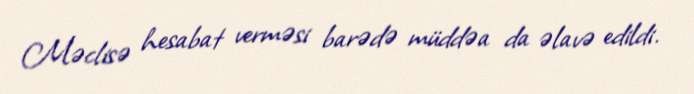
Məclisə hesabat verməsi barədə müddəa da əlavə edildi.